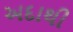
અદાથી